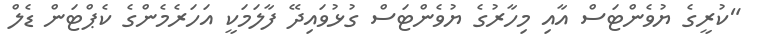
"ކުރީގެ ޔުވެންޓަސް އާއި މިހާރުގެ ޔުވެންޓަސް ގުޅުވައިދޭ ފާލަމަކީ އަހަރެމެންގެ ކެޕްޓަން ޑެލް